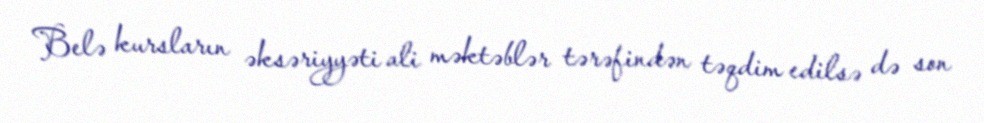
Belə kursların əksəriyyəti ali məktəblər tərəfindən təqdim edilsə də son